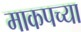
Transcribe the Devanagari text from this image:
माकपच्या